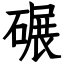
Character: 碾